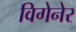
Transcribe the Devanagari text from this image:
विगेनेर